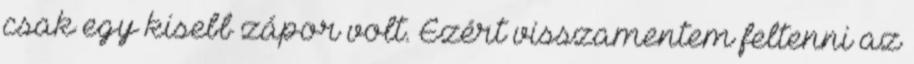
csak egy kisebb zápor volt. Ezért visszamentem feltenni az